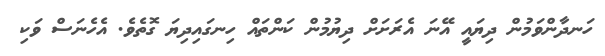
ހަނދާންވަމުން ދިޔައީ އޭނަ އެރަށަށް ދިޔުމުން ކަންތައް ހިނގައިދިޔަ ގޮތެވެ. އެހެނަސް ވަކި